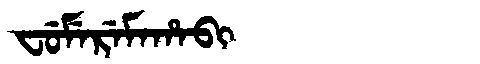
Manchu: ᠸᡠᠮᡝᡵᡝᠮᠠᡥᠠᠪᡳ
Romanization: FUMEREMAHABI